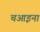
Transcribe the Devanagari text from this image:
चआइना